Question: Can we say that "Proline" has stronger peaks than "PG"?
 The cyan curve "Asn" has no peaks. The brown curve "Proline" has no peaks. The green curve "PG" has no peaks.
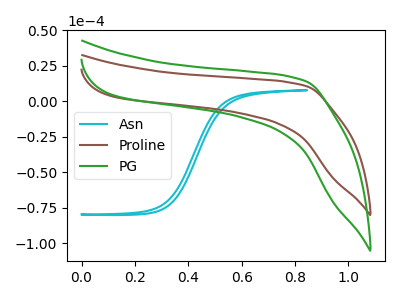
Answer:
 <answer>Niether CV has any peaks.</answer>
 <eval>blanks</eval>